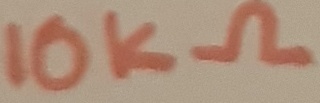
Text: 10KΩ